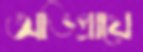
অভিপ্রায়ে